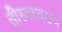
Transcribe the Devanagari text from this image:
तीस्तावरून